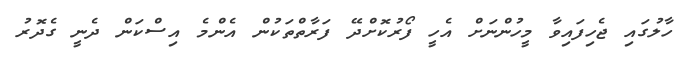
ހާލުގައި ޖެހިފައިވާ މީހުންނަށް އެހީ ފޯރުކޮށްދޭ ފަރާތްތަކުން އެންމެ އިސްކަން ދެނީ ގެދޮރު